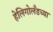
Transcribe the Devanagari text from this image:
हेलिगोलँडच्या